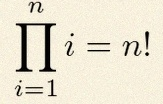
\prod_{i=1}^{n}i=n!